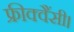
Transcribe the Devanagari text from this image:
फ्रीक्वैंसी।